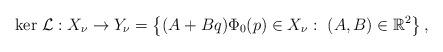
LaTeX: \begin{align*} \textrm{ker }\mathcal{L}:X_\nu \to Y_\nu = \left\{(A+Bq)\Phi_0(p)\in X_\nu: ~ (A,B)\in \mathbb{R}^2 \right\}, \end{align*}